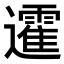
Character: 𨘾